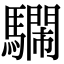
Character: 𩦔